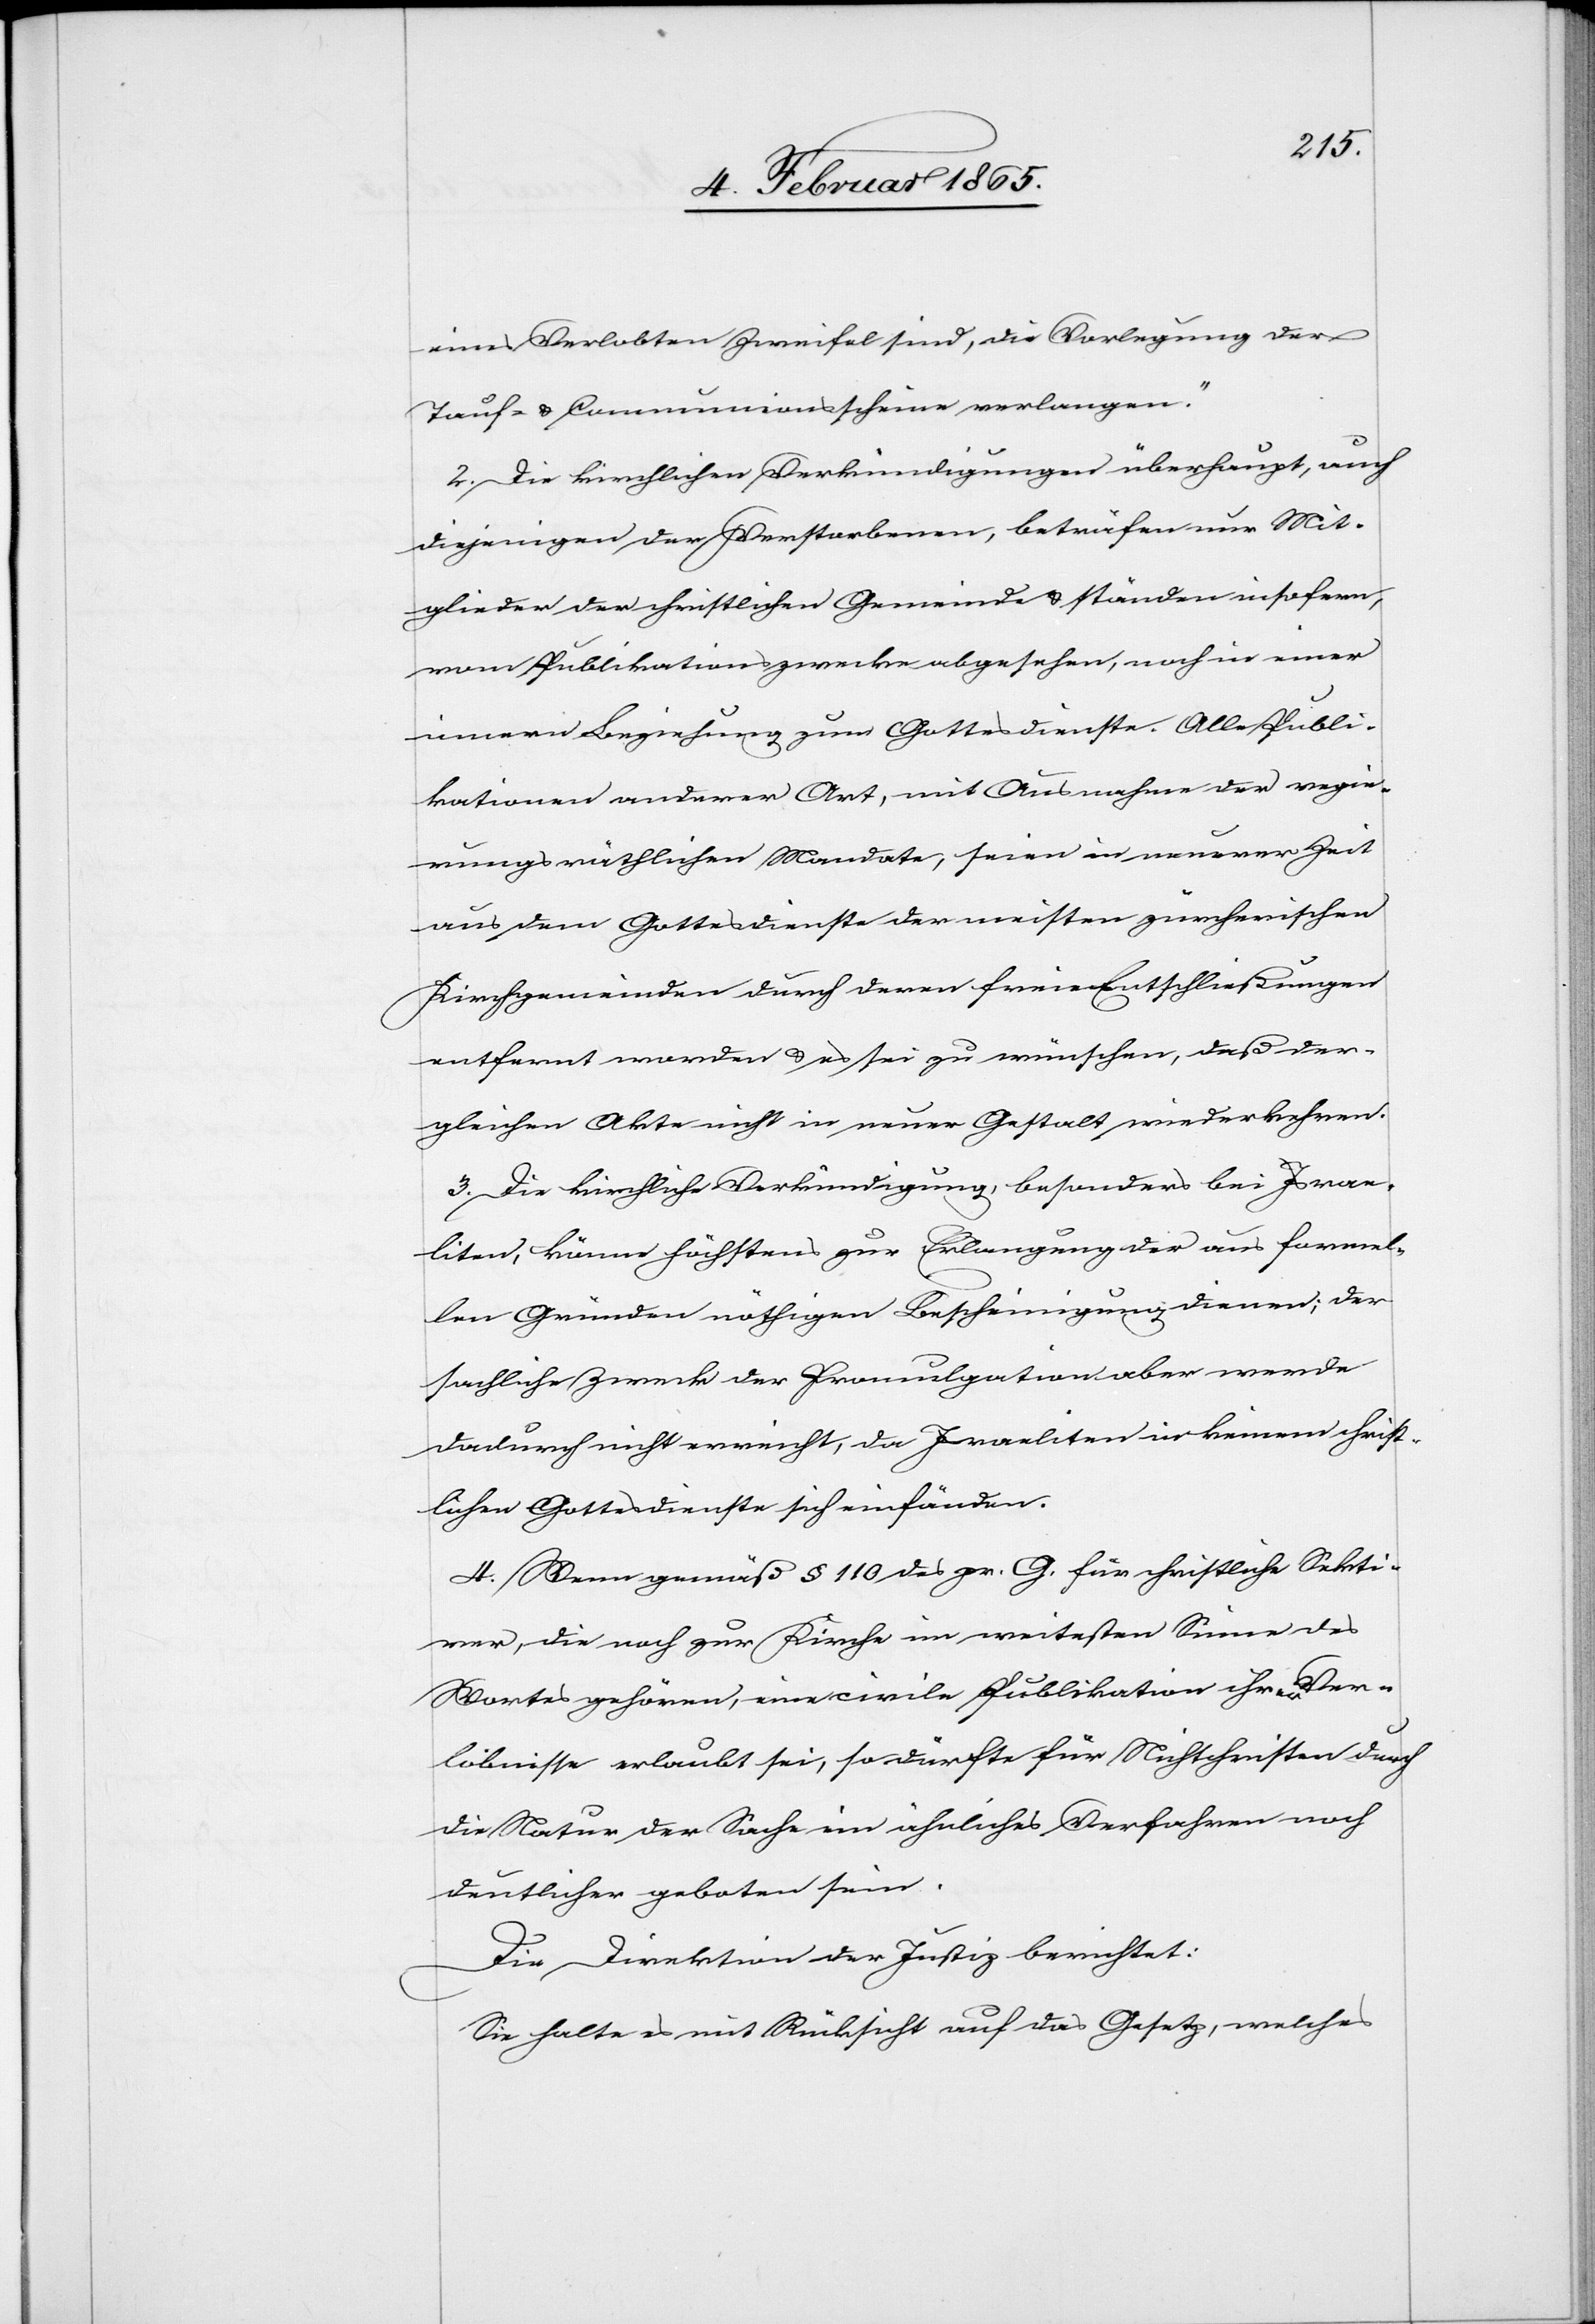
eines Verlobten Zweifel sind, die Vorlegung der
Tauf- u. Communionsscheine verlangen.“
2. Die kirchlichen Verkündigungen überhaupt, auch
diejenigen der Verstorbenen, beträfen nur Mit¬
glieder der christlichen Gemeinde u. ständen insofern
vom Publikationszwecke abgesehen, noch in einer
innern Beziehung zum Gottesdienste. Alle Publi¬
kationen anderer Art, mit Ausnahme der regie¬
rungsräthlichen Mandate, seien in neuerer Zeit
aus dem Gottesdienste der meisten zürcherischen
Kirchgemeinden durch deren freien Entschließungen
entfernt worden u. es sei zu wünschen, daß der¬
gleichen Akte nicht in neuer Gestalt wiederkehren.
3. Die kirchliche Verkündigung, besonders bei Israe¬
liten, könne höchstens zur Erlangung der aus formel¬
len Gründen nöthigen Bescheinigung dienen; der
sachliche Zweck der Promulgation aber werde
dadurch nicht erreicht, da Israeliten in keinem christ¬
lichen Gottesdienste sich einfänden.
4. Wenn gemäß § 110 des pr. G. für christliche Sekti¬
rer, die noch zur Kirche im weitesten Sinne des
Wortes gehören, eine civile Publikation ihrer Ver¬
löbnisse erlaubt sei, so dürfte für Nichtchristen durch
die Natur der Sache ein ähnliches Verfahren noch
deutlicher geboten sein.
Die Direktion der Justiz berichtet:
Sie halte es mit Rücksicht auf das Gesetz, welches